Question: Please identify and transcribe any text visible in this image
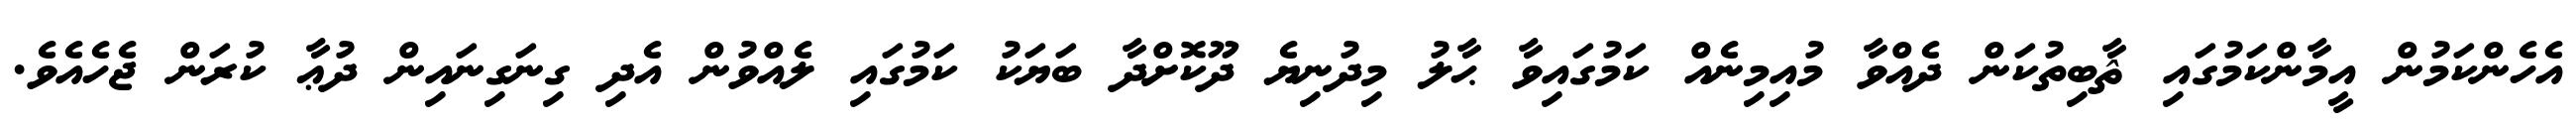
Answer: އެހެންކަމުން އީމާންކަމުގައި ޘާބިތުކަން ދެއްވާ މުއިމިނެއް ކަމުގައިވާ ޙާލު މިދުނިޔެ ދޫކޮށްދާ ބަޔަކު ކަމުގައި ލެއްވުން އެދި ގިނަގިނައިން ދުޢާ ކުރަން ޖެހެއެވެ.